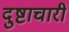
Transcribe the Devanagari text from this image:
दुष्टाचारी